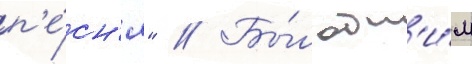
п'е́сн'я" // Бы́л одн'и́м